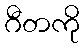
ဂီတကို